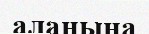
алаңына